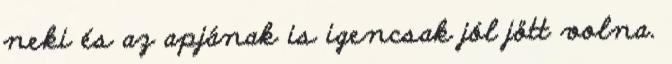
neki és az apjának is igencsak jól jött volna.